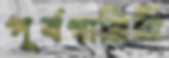
পূর্বগামিনী